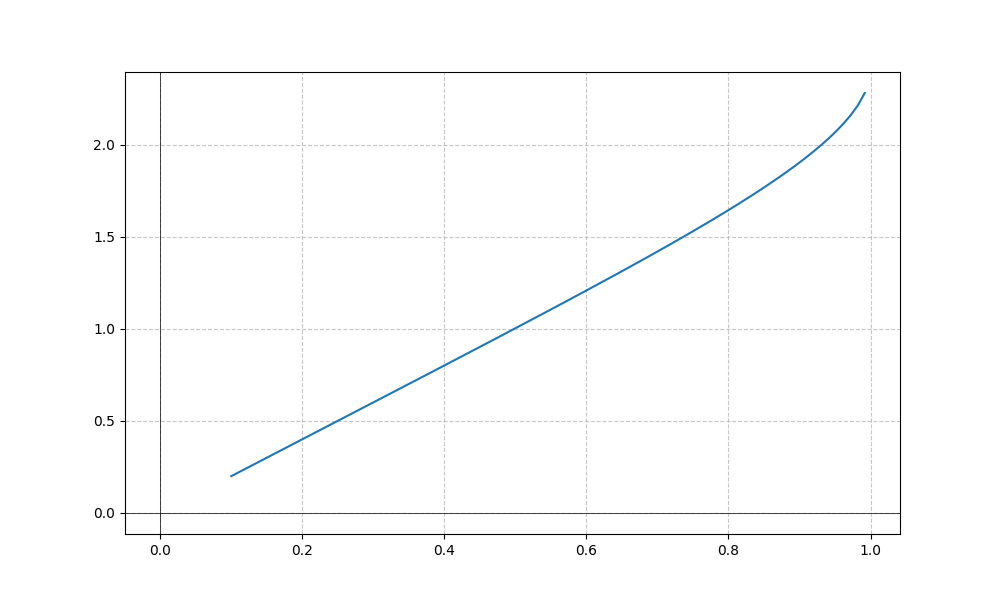
LaTeX formula: \sin{\left(x \right)} + \operatorname{asin}{\left(x \right)}